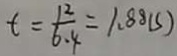
t = \frac { 1 2 } { 6 . 4 } = 1 . 8 8 ( s )